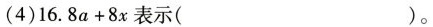
(4)16.8a+8x表示( )。